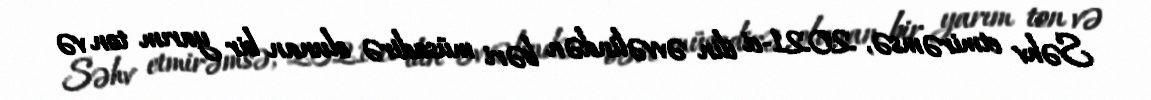
Səhv etmirəmsə, 2021-ci ilin əvvəlindən bəri müsadirə olunan bir yarım ton və